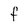
Character: f